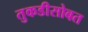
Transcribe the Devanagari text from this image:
तुकडीसोबत